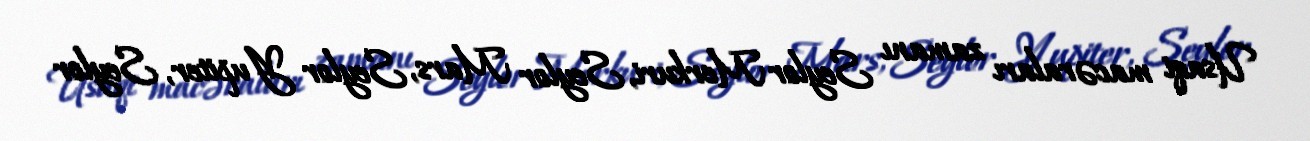
Usaqi macəraları zamanı Seylor Merkuri, Seylor Mars, Seylor Yupiter, Seylor